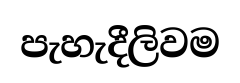
පැහැදීලිවම